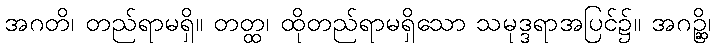
အဂတိ၊ တည်ရာမရှိ။ တတ္ထ၊ ထိုတည်ရာမရှိသော သမုဒ္ဒရာအပြင်၌။ အဂဉ္ဆိ၊